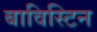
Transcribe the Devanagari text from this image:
बाविस्टिन